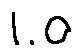
1 . 0